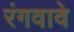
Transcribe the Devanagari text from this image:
रंगवावे